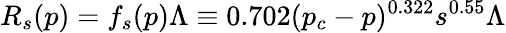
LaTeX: R_{s}(p)=f_{s}(p)\Lambda\equiv 0.702(p_{c}-p)^{0.322}s^{0.55}\Lambda